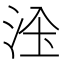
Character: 𱦑